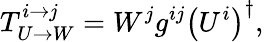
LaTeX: T_{U\rightarrow W}^{i\rightarrow j}=W^{j}g^{ij}\left(U^{i}\right)^{\dagger},